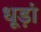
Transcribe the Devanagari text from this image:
धूड़ां